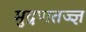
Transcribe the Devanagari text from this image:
मुद्रणतज्ज्ञ